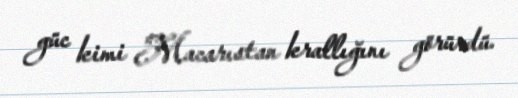
güc kimi Macarıstan krallığını görürdü.